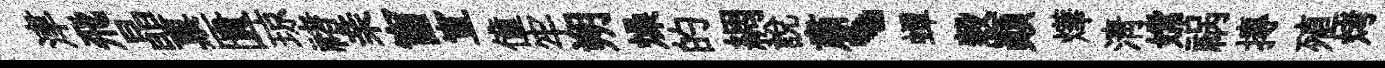
津飛晶禀匱琼禇亲窗宣僮牢朔燥的綢説肅、蟬穀顛燁清嫦祸摶殖烤